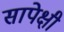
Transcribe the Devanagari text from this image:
सापेक्षी